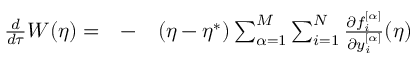
\begin{array} { r l r } { \frac { d } { d \tau } W ( \eta ) = } & { { } - } & { ( \eta - \eta ^ { * } ) \sum _ { \alpha = 1 } ^ { M } \sum _ { i = 1 } ^ { N } \frac { \partial f _ { i } ^ { [ \alpha ] } } { \partial y _ { i } ^ { [ \alpha ] } } ( \eta ) } \end{array}